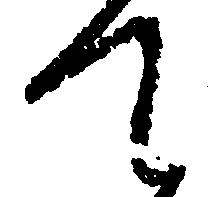
て